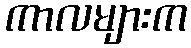
ကာလများက